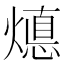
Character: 𭶁